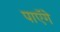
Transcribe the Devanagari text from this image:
पाएॅगे